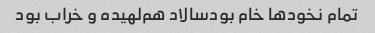
تمام نخود‌ها خام بود‌سالاد هم‌لهیده و خراب بود